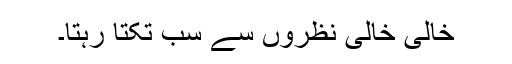
خالی خالی نظروں سے سب تکتا رہتا۔